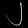
Digit: ၂